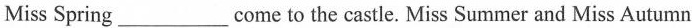
MissSpring___come to the castle. Miss Summer and Miss Autumn